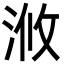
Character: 浟